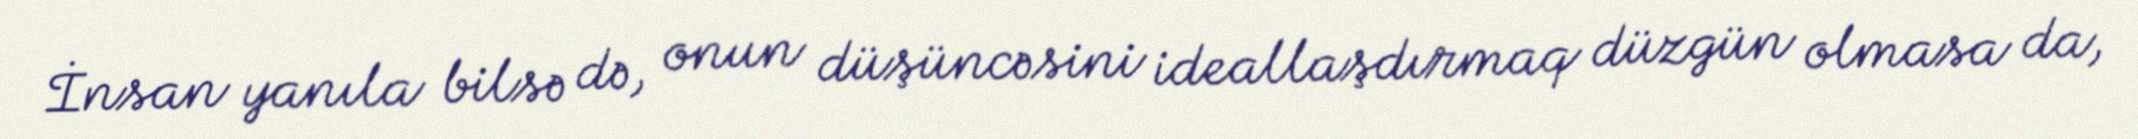
İnsan yanıla bilsə də, onun düşüncəsini ideallaşdırmaq düzgün olmasa da,